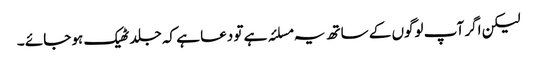
لیکن اگر آپ لوگوں کے ساتھ یہ مسلئہ ہے تو دعا ہے کہ جلد ٹھیک ہو جائے ۔